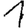
Digit: 1